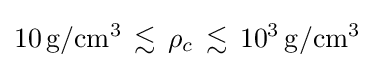
10\,\mathrm {g/cm^{3}} \,\lesssim \,\rho _{c}\,\lesssim \,10^{3}\,\mathrm {{g}/{cm^{3}}}